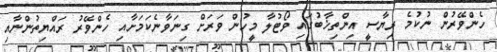
ހެންވޭރުން ނުކުމެ ރިޔާސީ އިންތިޚާބުގައި ވޯޓުލާ މީހުން ވަރަށް ގިނަވާނެކަމަށާއި ހެންވޭރު ރައްޔިތުންނާއި